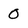
Character: 0